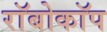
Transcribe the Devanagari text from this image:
राॅबोकाॅप